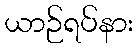
ယာဉ်ရပ်နား